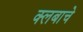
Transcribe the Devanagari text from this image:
क्लबाचे